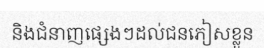
និងជំនាញផ្សេងៗដល់ជនភៀសខ្លួន